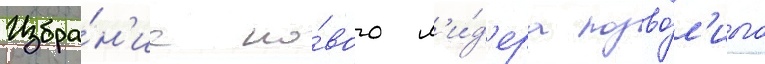
Избра́н'ие но́вого л'и́д'ера позво́л'ило